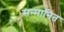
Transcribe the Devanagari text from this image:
सन्‍मानित